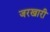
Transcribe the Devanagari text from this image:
जरखारी